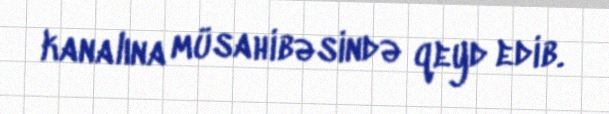
kanalına müsahibəsində qeyd edib.